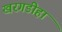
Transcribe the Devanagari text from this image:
खरगडीहा